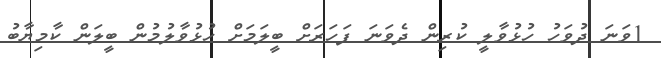
1ވަނަ ދުވަހު ހުޅުވާލީ ކުރިން ދެވަނަ ފަހަރަށް ބީލަމަށް ހުޅުވާލުމުން ބީލަން ކާމިޔާބު